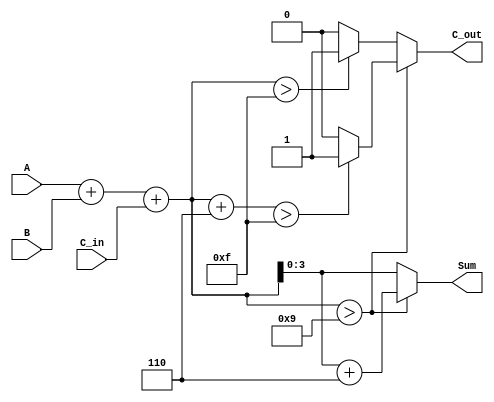
module BCD_Parallel_Adder (
    input  [3:0] A,        // 4-bit BCD digit from the first number
    input  [3:0] B,        // 4-bit BCD digit from the second number
    input        C_in,      // 1-bit carry input
    output reg [3:0] Sum,   // 4-bit BCD result
    output reg C_out        // 1-bit carry output
);

    wire [4:0] Sum_bin;     // 5-bit wire to hold the binary sum

    // Compute the binary sum of A, B, and C_in
    assign Sum_bin = A + B + C_in;

    always @(*) begin
        // Default values
        Sum = 4'b0000;
        C_out = 1'b0;

        // Check for BCD correction
        if (Sum_bin > 9) begin
            Sum = Sum_bin + 5'b00110; // Add 6 to correct BCD
            if (Sum_bin + 5'b00110 > 15) begin
                C_out = 1'b1; // Set carry out if overflow occurs
            end
        end else begin
            Sum = Sum_bin[3:0]; // Use the binary sum directly if no correction is needed
            if (Sum_bin > 15) begin
                C_out = 1'b1; // Set carry out if overflow occurs
            end
        end
    end

endmodule